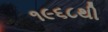
૧૯૬૮થી